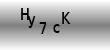
Text: Hy7cK